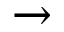
\rightarrow